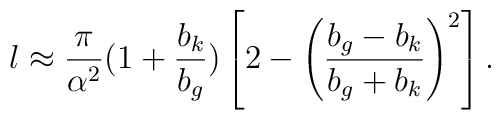
l\approx\frac{\pi}{\alpha^{2}}(1+\frac{b_{k}}{b_{g}})\left[2-\left(\frac{b_{g}-b_{k}}{b_{g}+b_{k}}\right)^{2}\right].